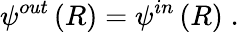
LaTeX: \psi^{out}\left(R\right)=\psi^{in}\left(R\right)\; .